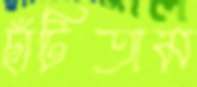
ছাঁটিতাম